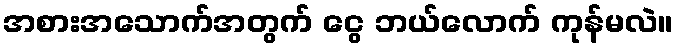
အစားအသောက်အတွက် ငွေ ဘယ်လောက် ကုန်မလဲ။